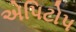
એપિટોપ